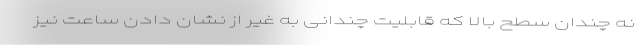
نه چندان سطح بالا که قابلیت‌ چندانی به غیر از نشان دادن ساعت نیز